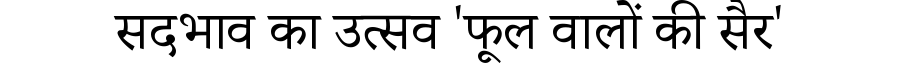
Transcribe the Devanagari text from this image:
सदभाव का उत्सव 'फूल वालों की सैर'